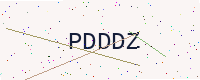
Text: PDDDZ